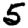
Digit: 5